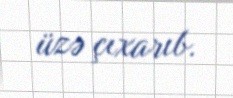
üzə çıxarıb.